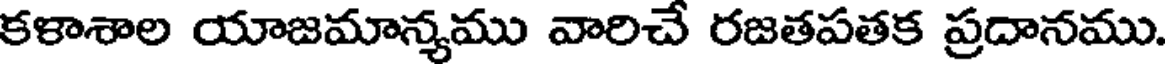
కళాశాల యాజమాన్యము వారిచే రజతపతక ప్రదానము